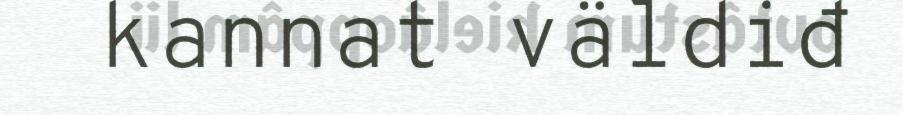
kannat väldiđ